Manual of the Civil Veterinary Department, Central Provinces and Berar
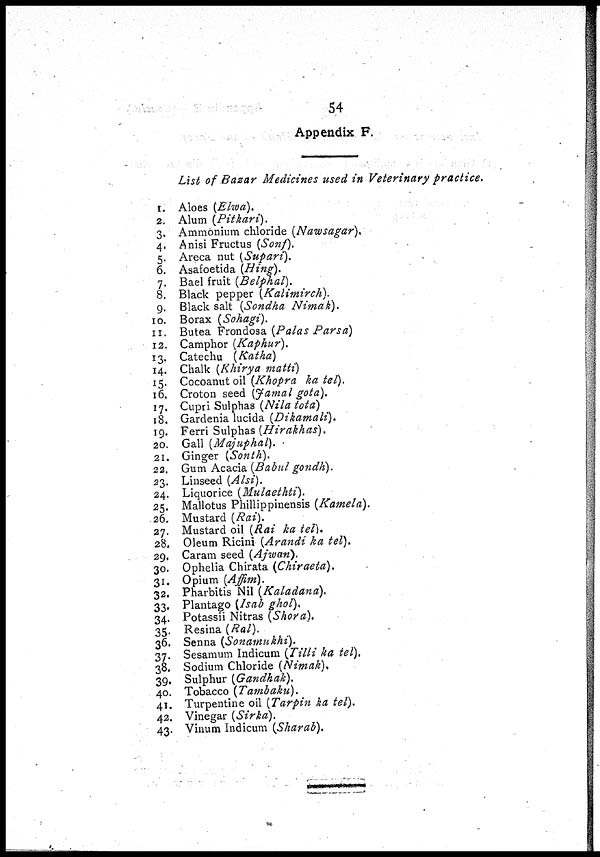
54
Appendix F.
List of Bazar Medicines used in Veterinary practice.
1. Aloes (Elwa).
2. Alum (Pitkari).
3. Ammonium chloride (Nawsagar).
4. Anisi Fructus (Sonf).
5. Areca nut (Supari).
6. Asafoetida (Hing).
7. Bael fruit (Belphal).
8. Black pepper (Kalimirch).
9. Black salt (Sondha Nimak).
10. Borax (Sohagi).
11. Butea Frondosa (Palas Parsa)
12. Camphor (Kaphur).
13. Catechu (Katha)
14. Chalk (Khirya matti)
15. Cocoanut oil (Khopra ka tel).
16. Croton seed (Jamal gota).
17. Cupri Sulphas (Nila tota)
18. Gardenia lucida (Dikamali).
19. Ferri Sulphas (Hirakhas).
20. Gall (Majuphal).
21. Ginger (Sonth).
22. Gum Acacia (Babul gondh).
23. Linseed (Alsi).
24. Liquorice (Mulaethti).
25. Mallotus Phillippinensis (Kamela).
26. Mustard (Rai).
27. Mustard oil (Rai ka tel).
28. Oleum Ricini (Arandi ka tel).
29. Caram seed (Ajwan).
30. Ophelia Chirata (Chiraeta).
31. Opium (Affim).
32. Pharbitis Nil (Kaladana).
33. Plantago (Isab ghol).
34. Potassii Nitras (Shora).
35. Resina (Ral).
36. Senna (Sonamukhi).
37. Sesamum Indicum (Tilli ka tel).
38. Sodium Chloride (Nimak).
39. Sulphur (Gandhak).
40. Tobacco (Tambaku).
41. Turpentine oil (Tarpin ka tel).
42. Vinegar (Sirka).
43. Vinum Indicum (Sharab).